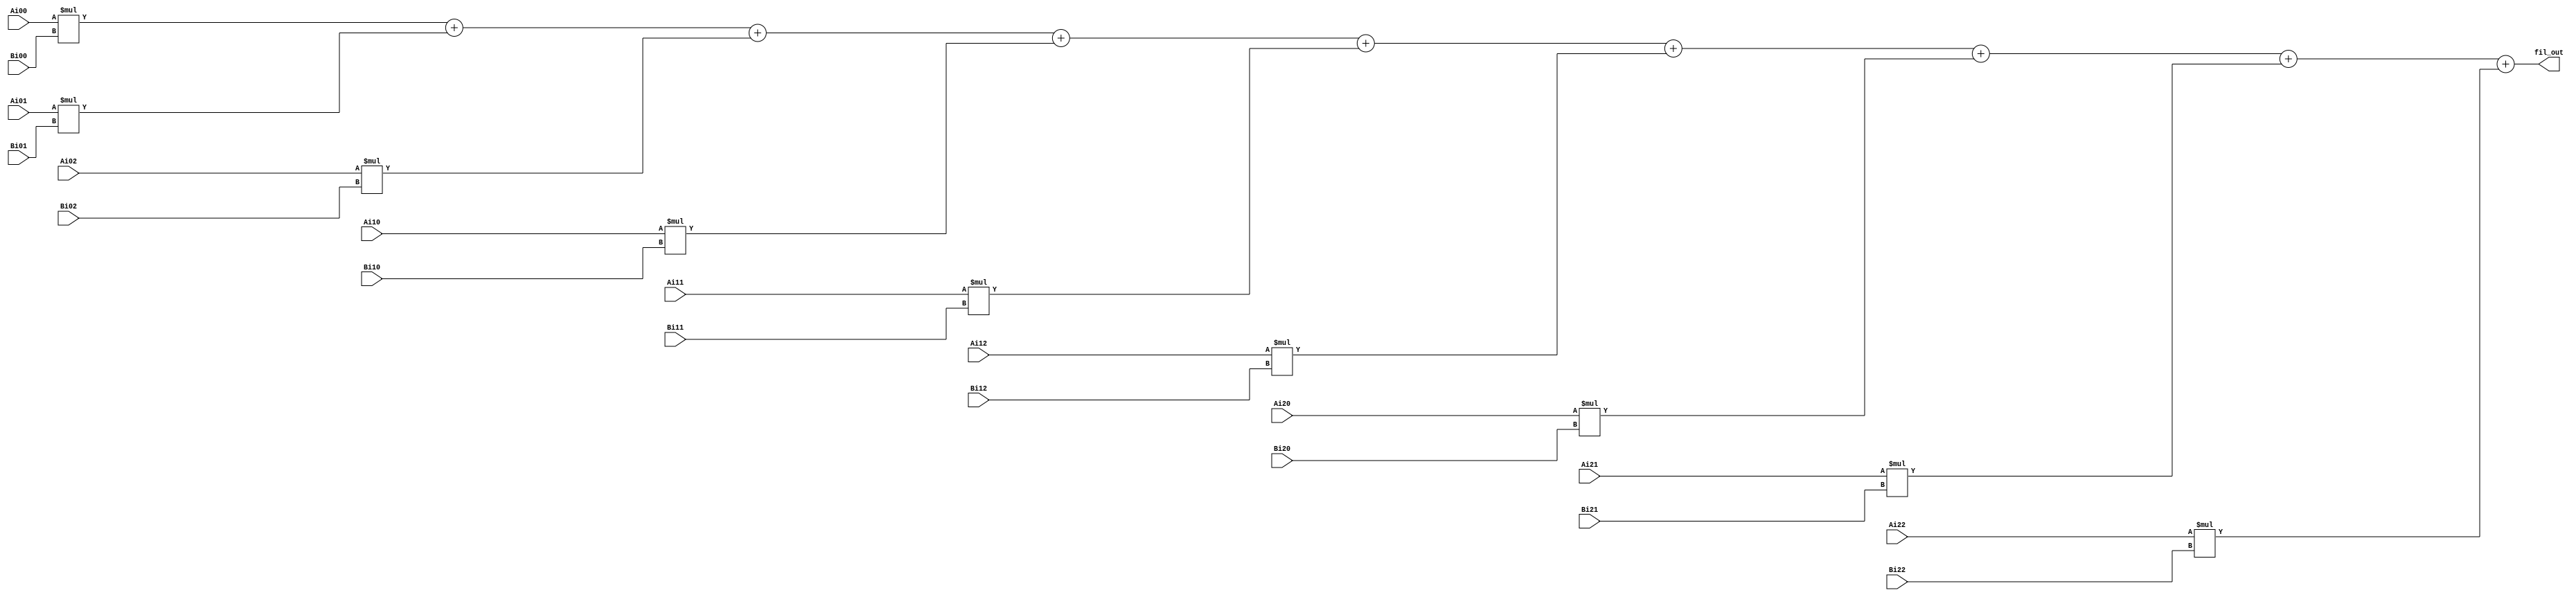
`timescale 1ns / 1ps
module fir_code #(parameter Ai_width = 3,parameter Bi_width = 3 )(
Ai00,Ai01,
Ai02,Ai10,
Ai11,Ai12,
Ai20,Ai21,
Ai22,Bi00,
Bi01,Bi02,
Bi10,Bi11,
Bi12,Bi20,
Bi21,Bi22,
fil_out
);
input signed [Ai_width-1:0] Ai00,
Ai01,
Ai02,
Ai10,
Ai11,
Ai12,
Ai20,
Ai21,
Ai22;
input signed [Bi_width-1:0] Bi00,
Bi01,
Bi02,
Bi10,
Bi11,
Bi12,
Bi20,
Bi21,
Bi22;
output signed [(Ai_width+Bi_width)-1:0] fil_out;
assign fil_out = Ai00*Bi00+
Ai01*Bi01+
Ai02*Bi02+
Ai10*Bi10+
Ai11*Bi11+
Ai12*Bi12+
Ai20*Bi20+
Ai21*Bi21+
Ai22*Bi22;

endmodule